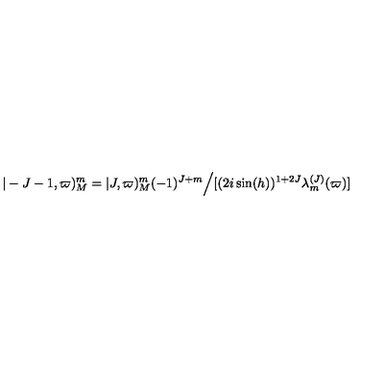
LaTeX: \vert - J - 1 , \varpi ) _ { M } ^ { m } = \vert J , \varpi ) _ { M } ^ { m } ( - 1 ) ^ { J + m } \Bigl / [ ( 2 i \sin ( h ) ) ^ { 1 + 2 J } \lambda _ { m } ^ { ( J ) } ( \varpi ) ]